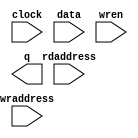
// megafunction wizard: %RAM: 2-PORT%VBB%
// GENERATION: STANDARD
// VERSION: WM1.0
// MODULE: altsyncram 

// ============================================================
// Megafunction Name(s):
// 			altsyncram
//
// Simulation Library Files(s):
// 			altera_mf
// ============================================================
// ************************************************************
// THIS IS A WIZARD-GENERATED FILE. DO NOT EDIT THIS FILE!
//
// 16.1.0 Build 196 10/24/2016 SJ Lite Edition
// ************************************************************

//Copyright (C) 2016  Intel Corporation. All rights reserved.
//Your use of Intel Corporation's design tools, logic functions 
//and other software and tools, and its AMPP partner logic 
//functions, and any output files from any of the foregoing 
//(including device programming or simulation files), and any 
//associated documentation or information are expressly subject 
//to the terms and conditions of the Intel Program License 
//Subscription Agreement, the Intel Quartus Prime License Agreement,
//the Intel MegaCore Function License Agreement, or other 
//applicable license agreement, including, without limitation, 
//that your use is for the sole purpose of programming logic 
//devices manufactured by Intel and sold by Intel or its 
//authorized distributors.  Please refer to the applicable 
//agreement for further details.

module sc_dpram (
	clock,
	data,
	rdaddress,
	wraddress,
	wren,
	q);

	input	  clock;
	input	[5:0]  data;
	input	[15:0]  rdaddress;
	input	[15:0]  wraddress;
	input	  wren;
	output	[5:0]  q;
`ifndef ALTERA_RESERVED_QIS
// synopsys translate_off
`endif
	tri1	  clock;
	tri0	  wren;
`ifndef ALTERA_RESERVED_QIS
// synopsys translate_on
`endif

endmodule

// ============================================================
// CNX file retrieval info
// ============================================================
// Retrieval info: PRIVATE: ADDRESSSTALL_A NUMERIC "0"
// Retrieval info: PRIVATE: ADDRESSSTALL_B NUMERIC "0"
// Retrieval info: PRIVATE: BYTEENA_ACLR_A NUMERIC "0"
// Retrieval info: PRIVATE: BYTEENA_ACLR_B NUMERIC "0"
// Retrieval info: PRIVATE: BYTE_ENABLE_A NUMERIC "0"
// Retrieval info: PRIVATE: BYTE_ENABLE_B NUMERIC "0"
// Retrieval info: PRIVATE: BYTE_SIZE NUMERIC "8"
// Retrieval info: PRIVATE: BlankMemory NUMERIC "1"
// Retrieval info: PRIVATE: CLOCK_ENABLE_INPUT_A NUMERIC "0"
// Retrieval info: PRIVATE: CLOCK_ENABLE_INPUT_B NUMERIC "0"
// Retrieval info: PRIVATE: CLOCK_ENABLE_OUTPUT_A NUMERIC "0"
// Retrieval info: PRIVATE: CLOCK_ENABLE_OUTPUT_B NUMERIC "0"
// Retrieval info: PRIVATE: CLRdata NUMERIC "0"
// Retrieval info: PRIVATE: CLRq NUMERIC "0"
// Retrieval info: PRIVATE: CLRrdaddress NUMERIC "0"
// Retrieval info: PRIVATE: CLRrren NUMERIC "0"
// Retrieval info: PRIVATE: CLRwraddress NUMERIC "0"
// Retrieval info: PRIVATE: CLRwren NUMERIC "0"
// Retrieval info: PRIVATE: Clock NUMERIC "0"
// Retrieval info: PRIVATE: Clock_A NUMERIC "0"
// Retrieval info: PRIVATE: Clock_B NUMERIC "0"
// Retrieval info: PRIVATE: IMPLEMENT_IN_LES NUMERIC "0"
// Retrieval info: PRIVATE: INDATA_ACLR_B NUMERIC "0"
// Retrieval info: PRIVATE: INDATA_REG_B NUMERIC "0"
// Retrieval info: PRIVATE: INIT_FILE_LAYOUT STRING "PORT_B"
// Retrieval info: PRIVATE: INIT_TO_SIM_X NUMERIC "0"
// Retrieval info: PRIVATE: INTENDED_DEVICE_FAMILY STRING "Cyclone IV E"
// Retrieval info: PRIVATE: JTAG_ENABLED NUMERIC "0"
// Retrieval info: PRIVATE: JTAG_ID STRING "NONE"
// Retrieval info: PRIVATE: MAXIMUM_DEPTH NUMERIC "0"
// Retrieval info: PRIVATE: MEMSIZE NUMERIC "368640"
// Retrieval info: PRIVATE: MEM_IN_BITS NUMERIC "1"
// Retrieval info: PRIVATE: MIFfilename STRING ""
// Retrieval info: PRIVATE: OPERATION_MODE NUMERIC "2"
// Retrieval info: PRIVATE: OUTDATA_ACLR_B NUMERIC "0"
// Retrieval info: PRIVATE: OUTDATA_REG_B NUMERIC "1"
// Retrieval info: PRIVATE: RAM_BLOCK_TYPE NUMERIC "0"
// Retrieval info: PRIVATE: READ_DURING_WRITE_MODE_MIXED_PORTS NUMERIC "1"
// Retrieval info: PRIVATE: READ_DURING_WRITE_MODE_PORT_A NUMERIC "3"
// Retrieval info: PRIVATE: READ_DURING_WRITE_MODE_PORT_B NUMERIC "3"
// Retrieval info: PRIVATE: REGdata NUMERIC "1"
// Retrieval info: PRIVATE: REGq NUMERIC "1"
// Retrieval info: PRIVATE: REGrdaddress NUMERIC "1"
// Retrieval info: PRIVATE: REGrren NUMERIC "1"
// Retrieval info: PRIVATE: REGwraddress NUMERIC "1"
// Retrieval info: PRIVATE: REGwren NUMERIC "1"
// Retrieval info: PRIVATE: SYNTH_WRAPPER_GEN_POSTFIX STRING "0"
// Retrieval info: PRIVATE: USE_DIFF_CLKEN NUMERIC "0"
// Retrieval info: PRIVATE: UseDPRAM NUMERIC "1"
// Retrieval info: PRIVATE: VarWidth NUMERIC "0"
// Retrieval info: PRIVATE: WIDTH_READ_A NUMERIC "6"
// Retrieval info: PRIVATE: WIDTH_READ_B NUMERIC "6"
// Retrieval info: PRIVATE: WIDTH_WRITE_A NUMERIC "6"
// Retrieval info: PRIVATE: WIDTH_WRITE_B NUMERIC "6"
// Retrieval info: PRIVATE: WRADDR_ACLR_B NUMERIC "0"
// Retrieval info: PRIVATE: WRADDR_REG_B NUMERIC "0"
// Retrieval info: PRIVATE: WRCTRL_ACLR_B NUMERIC "0"
// Retrieval info: PRIVATE: enable NUMERIC "0"
// Retrieval info: PRIVATE: rden NUMERIC "0"
// Retrieval info: LIBRARY: altera_mf altera_mf.altera_mf_components.all
// Retrieval info: CONSTANT: ADDRESS_ACLR_B STRING "NONE"
// Retrieval info: CONSTANT: ADDRESS_REG_B STRING "CLOCK0"
// Retrieval info: CONSTANT: CLOCK_ENABLE_INPUT_A STRING "BYPASS"
// Retrieval info: CONSTANT: CLOCK_ENABLE_INPUT_B STRING "BYPASS"
// Retrieval info: CONSTANT: CLOCK_ENABLE_OUTPUT_B STRING "BYPASS"
// Retrieval info: CONSTANT: INTENDED_DEVICE_FAMILY STRING "Cyclone IV E"
// Retrieval info: CONSTANT: LPM_TYPE STRING "altsyncram"
// Retrieval info: CONSTANT: NUMWORDS_A NUMERIC "61440"
// Retrieval info: CONSTANT: NUMWORDS_B NUMERIC "61440"
// Retrieval info: CONSTANT: OPERATION_MODE STRING "DUAL_PORT"
// Retrieval info: CONSTANT: OUTDATA_ACLR_B STRING "NONE"
// Retrieval info: CONSTANT: OUTDATA_REG_B STRING "CLOCK0"
// Retrieval info: CONSTANT: POWER_UP_UNINITIALIZED STRING "FALSE"
// Retrieval info: CONSTANT: READ_DURING_WRITE_MODE_MIXED_PORTS STRING "OLD_DATA"
// Retrieval info: CONSTANT: WIDTHAD_A NUMERIC "16"
// Retrieval info: CONSTANT: WIDTHAD_B NUMERIC "16"
// Retrieval info: CONSTANT: WIDTH_A NUMERIC "6"
// Retrieval info: CONSTANT: WIDTH_B NUMERIC "6"
// Retrieval info: CONSTANT: WIDTH_BYTEENA_A NUMERIC "1"
// Retrieval info: USED_PORT: clock 0 0 0 0 INPUT VCC "clock"
// Retrieval info: USED_PORT: data 0 0 6 0 INPUT NODEFVAL "data[5..0]"
// Retrieval info: USED_PORT: q 0 0 6 0 OUTPUT NODEFVAL "q[5..0]"
// Retrieval info: USED_PORT: rdaddress 0 0 16 0 INPUT NODEFVAL "rdaddress[15..0]"
// Retrieval info: USED_PORT: wraddress 0 0 16 0 INPUT NODEFVAL "wraddress[15..0]"
// Retrieval info: USED_PORT: wren 0 0 0 0 INPUT GND "wren"
// Retrieval info: CONNECT: @address_a 0 0 16 0 wraddress 0 0 16 0
// Retrieval info: CONNECT: @address_b 0 0 16 0 rdaddress 0 0 16 0
// Retrieval info: CONNECT: @clock0 0 0 0 0 clock 0 0 0 0
// Retrieval info: CONNECT: @data_a 0 0 6 0 data 0 0 6 0
// Retrieval info: CONNECT: @wren_a 0 0 0 0 wren 0 0 0 0
// Retrieval info: CONNECT: q 0 0 6 0 @q_b 0 0 6 0
// Retrieval info: GEN_FILE: TYPE_NORMAL sc_dpram.v TRUE
// Retrieval info: GEN_FILE: TYPE_NORMAL sc_dpram.inc FALSE
// Retrieval info: GEN_FILE: TYPE_NORMAL sc_dpram.cmp FALSE
// Retrieval info: GEN_FILE: TYPE_NORMAL sc_dpram.bsf FALSE
// Retrieval info: GEN_FILE: TYPE_NORMAL sc_dpram_inst.v FALSE
// Retrieval info: GEN_FILE: TYPE_NORMAL sc_dpram_bb.v TRUE
// Retrieval info: LIB_FILE: altera_mf